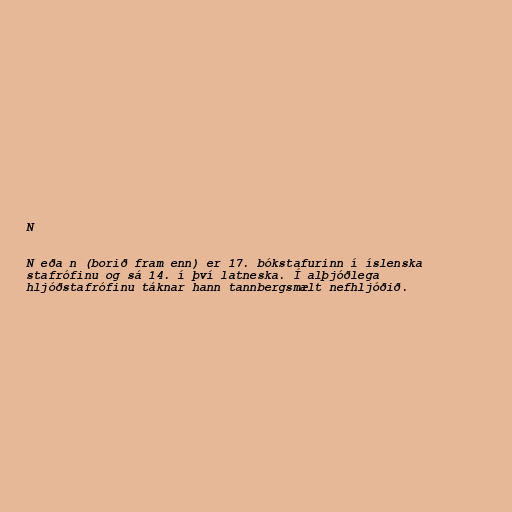
N

N eða n (borið fram enn) er 17. bókstafurinn í íslenska
stafrófinu og sá 14. í því latneska. Í alþjóðlega
hljóðstafrófinu táknar hann tannbergsmælt nefhljóðið.